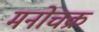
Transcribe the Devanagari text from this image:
मनोचक्र